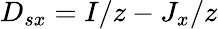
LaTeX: D_{sx}=I/z-J_{x}/z